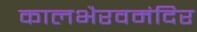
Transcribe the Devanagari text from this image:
कालभैरवमंदिर